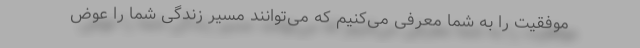
موفقیت را به شما معرفی می‌کنیم که می‌توانند مسیر زندگی شما را عوض